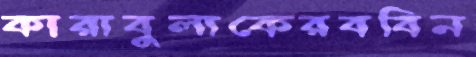
কারাবুলাকেরববিন